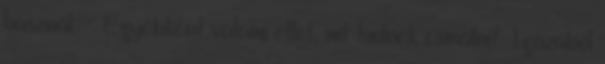
használ. :- Egyébként valami ötlet, mit tudnék csinálni? Igazából